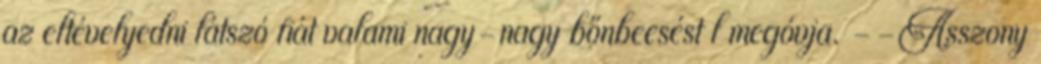
az eltévelyedni látszó fiát valami nagy-nagy bőnbeeséstıl megóvja. --Asszony